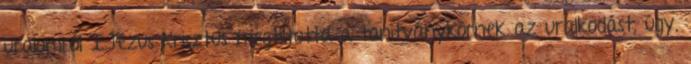
uralomról I.Jézus Krisztus megtiltotta a tanítványkörnek az uralkodást, úgy,